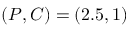
( P , C ) = ( 2 . 5 , 1 )